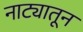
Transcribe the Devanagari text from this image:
नाट्यातून